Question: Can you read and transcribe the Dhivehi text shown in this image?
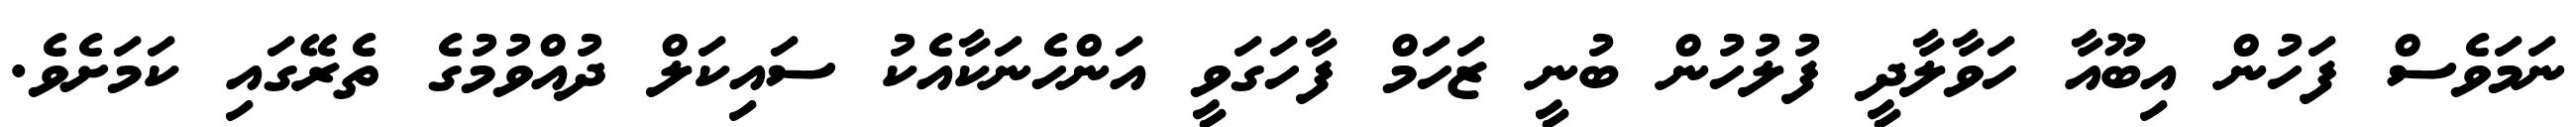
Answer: ނަމަވެސް ފަހުން އިބޫއާ ހަވާލާދީ ފުލުހުން ބުނީ ޒަހަމް ފާހަގަވީ އަންހެނަކާއެކު ސައިކަލް ދުއްވުމުގެ ތެރޭގައި ކަމަށެވެ.